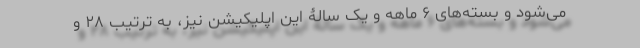
می‌شود و بسته‌های ۶ ماهه و یک سالۀ این اپلیکیشن نیز، به ترتیب ۲۸ و